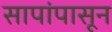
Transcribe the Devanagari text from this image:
सापांपासून